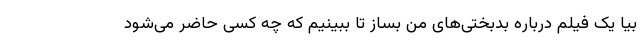
بیا یک فیلم درباره بدبختی‌های من بساز تا ببینیم که چه کسی حاضر می‌شود